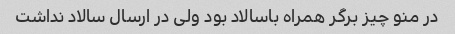
در منو چیز برگر همراه باسالاد بود ولی در ارسال سالاد نداشت